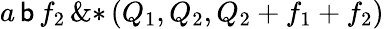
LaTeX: {a}\, {\mathsf{b}}\, {{f}_{2}}\, \mathrm{{\& *}}\left(\! \, {{Q}_{1}},{{Q}_{2}},{{Q}_{2}}+{{f}_{1}}+{{f}_{2}}\, \! \right)